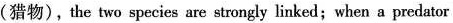
(猎物),the two species are strongly linked; when a predator